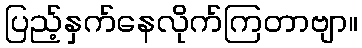
ပြည့်နှက်နေလိုက်ကြတာဗျာ။